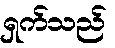
ရှက်သည်